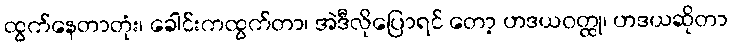
ထွက်နေတာတုံး၊ ခေါင်းကထွက်တာ၊ အဲဒီလိုပြောရင် တော့ ဟဒယဝတ္ထု၊ ဟဒယဆိုတာ